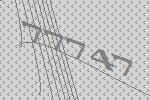
77747